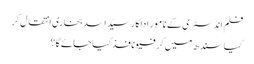
فلم انڈسٹری کے نامور اداکار سیّد اسد بخاری انتقال کر
کیا سندھ میں کرفیو نافذ کیا جائے گا؟